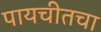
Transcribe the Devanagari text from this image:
पायचीतचा